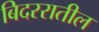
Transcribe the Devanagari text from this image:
बिदररातील